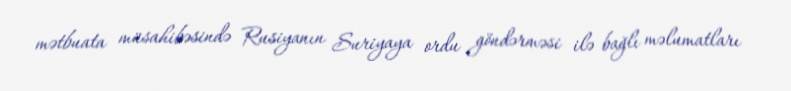
mətbuata müsahibəsində Rusiyanın Suriyaya ordu göndərməsi ilə bağlı məlumatları